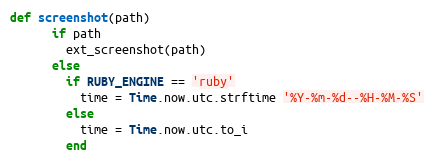
Language: Ruby
def screenshot(path)
      if path
        ext_screenshot(path)
      else
        if RUBY_ENGINE == 'ruby'
          time = Time.now.utc.strftime '%Y-%m-%d--%H-%M-%S'
        else
          time = Time.now.utc.to_i
        end